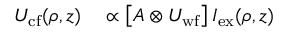
\begin{array} { r l } { U _ { \mathrm { c f } } ( \boldsymbol { \rho } , z ) } & { { } \propto \left[ A \otimes U _ { \mathrm { w f } } \right] I _ { \mathrm { e x } } ( \boldsymbol { \rho } , z ) } \end{array}